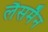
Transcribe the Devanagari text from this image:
लैसमैन